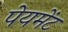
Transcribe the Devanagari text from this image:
पेयमेंट